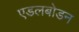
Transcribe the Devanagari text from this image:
एडलबोडन